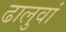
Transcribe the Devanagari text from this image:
ढालुवां